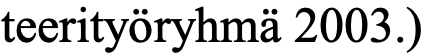
teerityöryhmä 2003.)